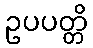
ဥပပတ္တိ